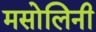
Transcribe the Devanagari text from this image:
मसोलिनी